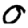
Digit: 0